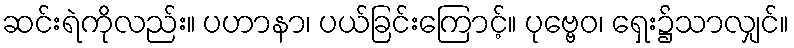
ဆင်းရဲကိုလည်း။ ပဟာနာ၊ ပယ်ခြင်းကြောင့်။ ပုဗ္ဗေဝ၊ ရှေး၌သာလျှင်။